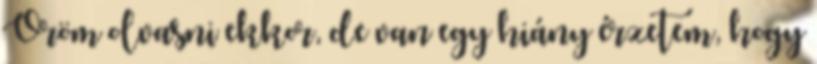
Öröm olvasni ekkor, de van egy hiány érzetem, hogy